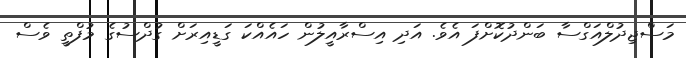
މަސްޖިދުލްއަގްސާ ބަންދުކޮށްފަ އެވެ. އަދި އިސްރާއީލުން ހައެއްކަ ގަޑީއިރަށް ގުދްސުގެ މުފްތީ ވެސް